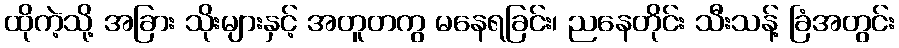
ထိုကဲ့သို့ အခြား သိုးများနှင့် အတူတကွ မနေရခြင်း၊ ညနေတိုင်း သီးသန့် ခြံအတွင်း